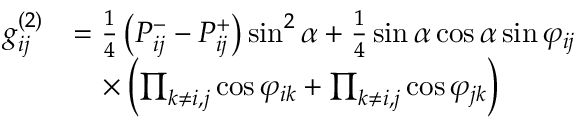
\begin{array} { r l } { \small g _ { i j } ^ { ( 2 ) } } & { = \frac { 1 } { 4 } \left( P _ { i j } ^ { - } - P _ { i j } ^ { + } \right) \sin ^ { 2 } \alpha + \frac { 1 } { 4 } \sin \alpha \cos \alpha \sin \varphi _ { i j } } \\ & { \quad \times \left( \prod _ { k \neq i , j } \cos \varphi _ { i k } + \prod _ { k \neq i , j } \cos \varphi _ { j k } \right) } \end{array}